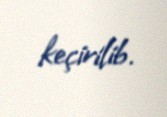
keçirilib.